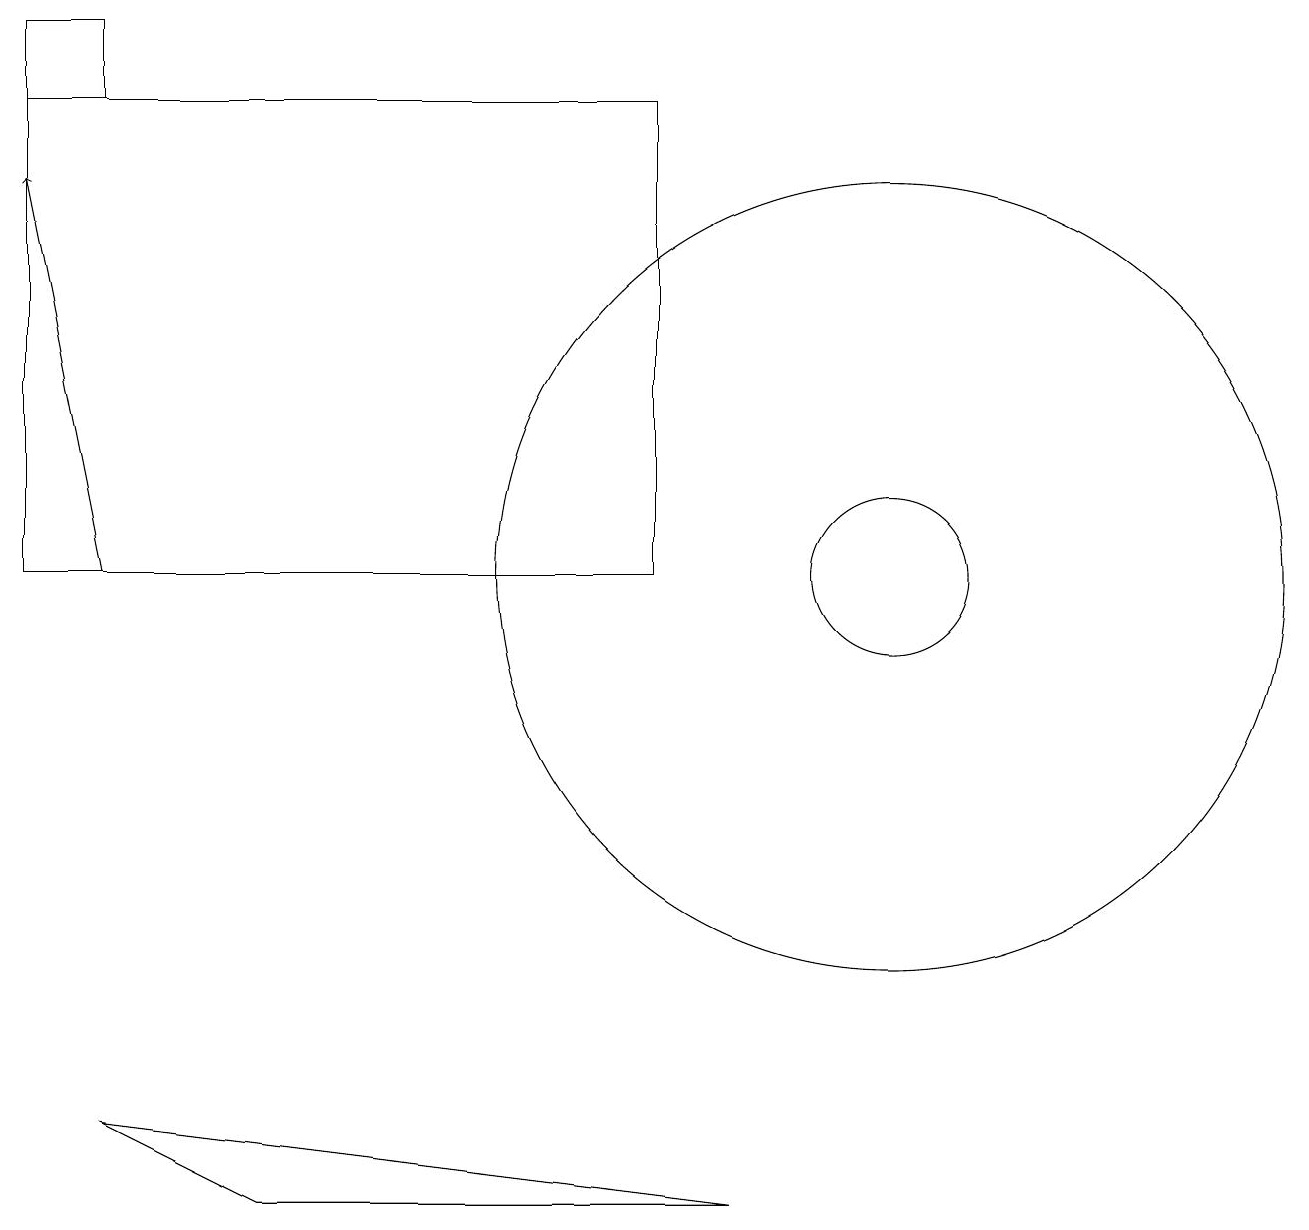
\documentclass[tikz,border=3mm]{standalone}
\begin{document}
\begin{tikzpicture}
\draw (8,10) rectangle (0,16);
\draw[->] (1,10) -- (0,15);
\draw (11,10) circle (1);
\draw (0,17) rectangle (1,16);
\draw (11,10) circle (5);
\draw (9,2) -- (3,2) -- (1,3) -- cycle;
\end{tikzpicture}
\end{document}